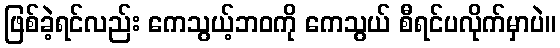
ဖြစ်ခဲ့ရင်လည်း ကေသွယ့်ဘဝကို ကေသွယ် စီရင်ပလိုက်မှာပဲ။